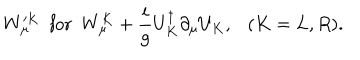
LaTeX: W _ { \mu } ^ { \prime K } ~ ~ \mathrm { f o r } ~ ~ W _ { \mu } ^ { K } + \frac { i } { g } U _ { K } ^ { \dagger } \partial _ { \mu } U _ { K } , ( K = L , R ) .